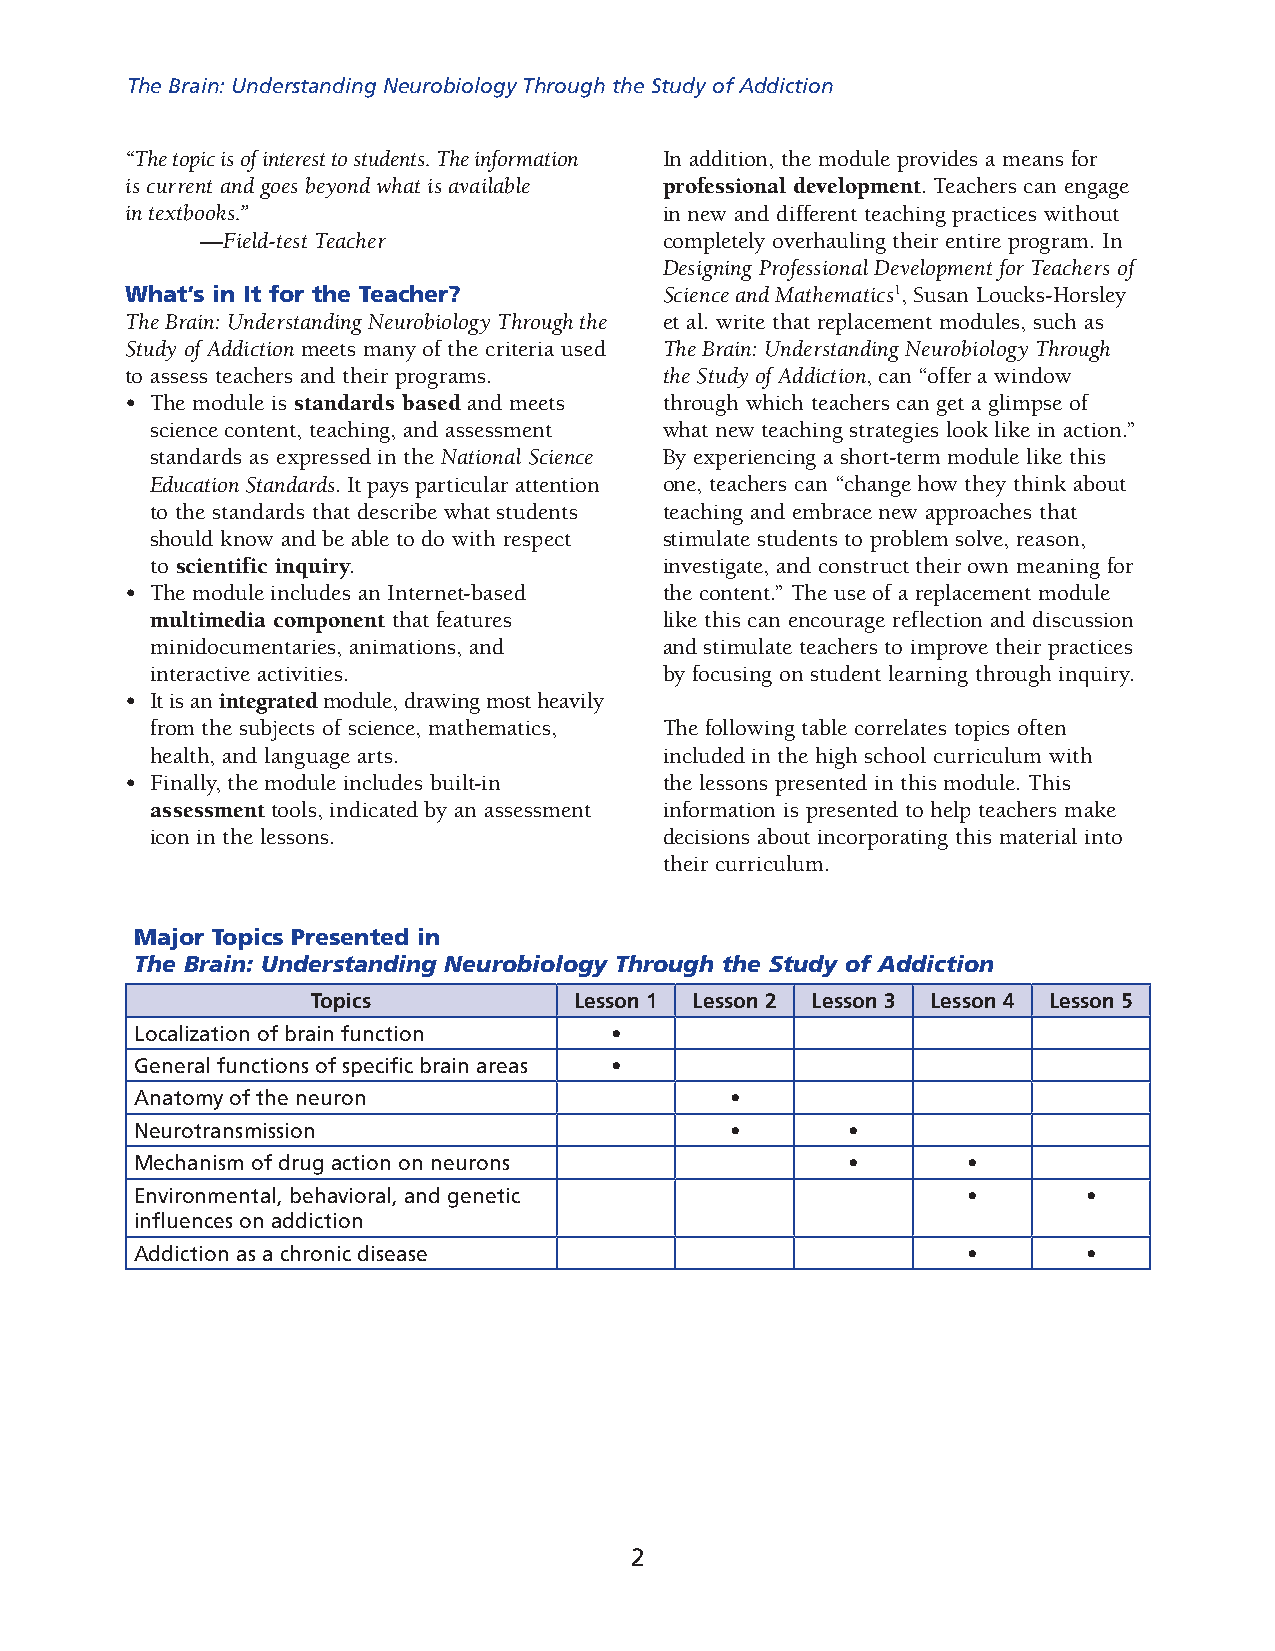
The Brain: Understanding Neurobiology Through the Study of Addiction
 “The topic is of interest to students. The information In addition, the module provides a means for
 is current and goes beyond what is available professional development. Teachers can engage
 in textbooks.”                      in new and different teaching practices without
 —Field-test Teacher            completely overhauling their entire program. In
 Designing Professional Development for Teachers of
 What’s in It for the Teacher?       Science and Mathematics1, Susan Loucks-Horsley
 The Brain: Understanding Neurobiology Through the et al. write that replacement modules, such as
 Study of Addiction meets many of the criteria used The Brain: Understanding Neurobiology Through
 to assess teachers and their programs. the Study of Addiction, can “offer a window
 • The module is standards based and meets through which teachers can get a glimpse of
 science content, teaching, and assessment what new teaching strategies look like in action.”
 standards as expressed in the National Science By experiencing a short-term module like this
 Education Standards. It pays particular attention one, teachers can “change how they think about
 to the standards that describe what students teaching and embrace new approaches that
 should know and be able to do with respect stimulate students to problem solve, reason,
 to scientific inquiry.            investigate, and construct their own meaning for
 • The module includes an Internet-based the content.” The use of a replacement module
 multimedia component that features like this can encourage reflection and discussion
 minidocumentaries, animations, and and stimulate teachers to improve their practices
 interactive activities.           by focusing on student learning through inquiry.
 • It is an integrated module, drawing most heavily
 from the subjects of science, mathematics, The following table correlates topics often
 health, and language arts.        included in the high school curriculum with
 • Finally, the module includes built-in the lessons presented in this module. This
 assessment tools, indicated by an assessment information is presented to help teachers make
 icon in the lessons.              decisions about incorporating this material into
 their curriculum.
 Major Topics Presented in
 The Brain: Understanding Neurobiology Through the Study of Addiction
 Topics           Lesson 1 Lesson 2 Lesson 3 Lesson 4 Lesson 5
 Localization of brain function •
 General functions of specific brain areas •
 Anatomy of the neuron                  •
 Neurotransmission                      •       •
 Mechanism of drug action on neurons            •       •
 Environmental, behavioral, and genetic                 •       •
 influences on addiction
 Addiction as a chronic disease                         •       •
 2